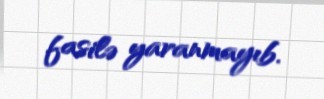
fasilə yaranmayıb.